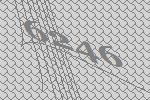
6246